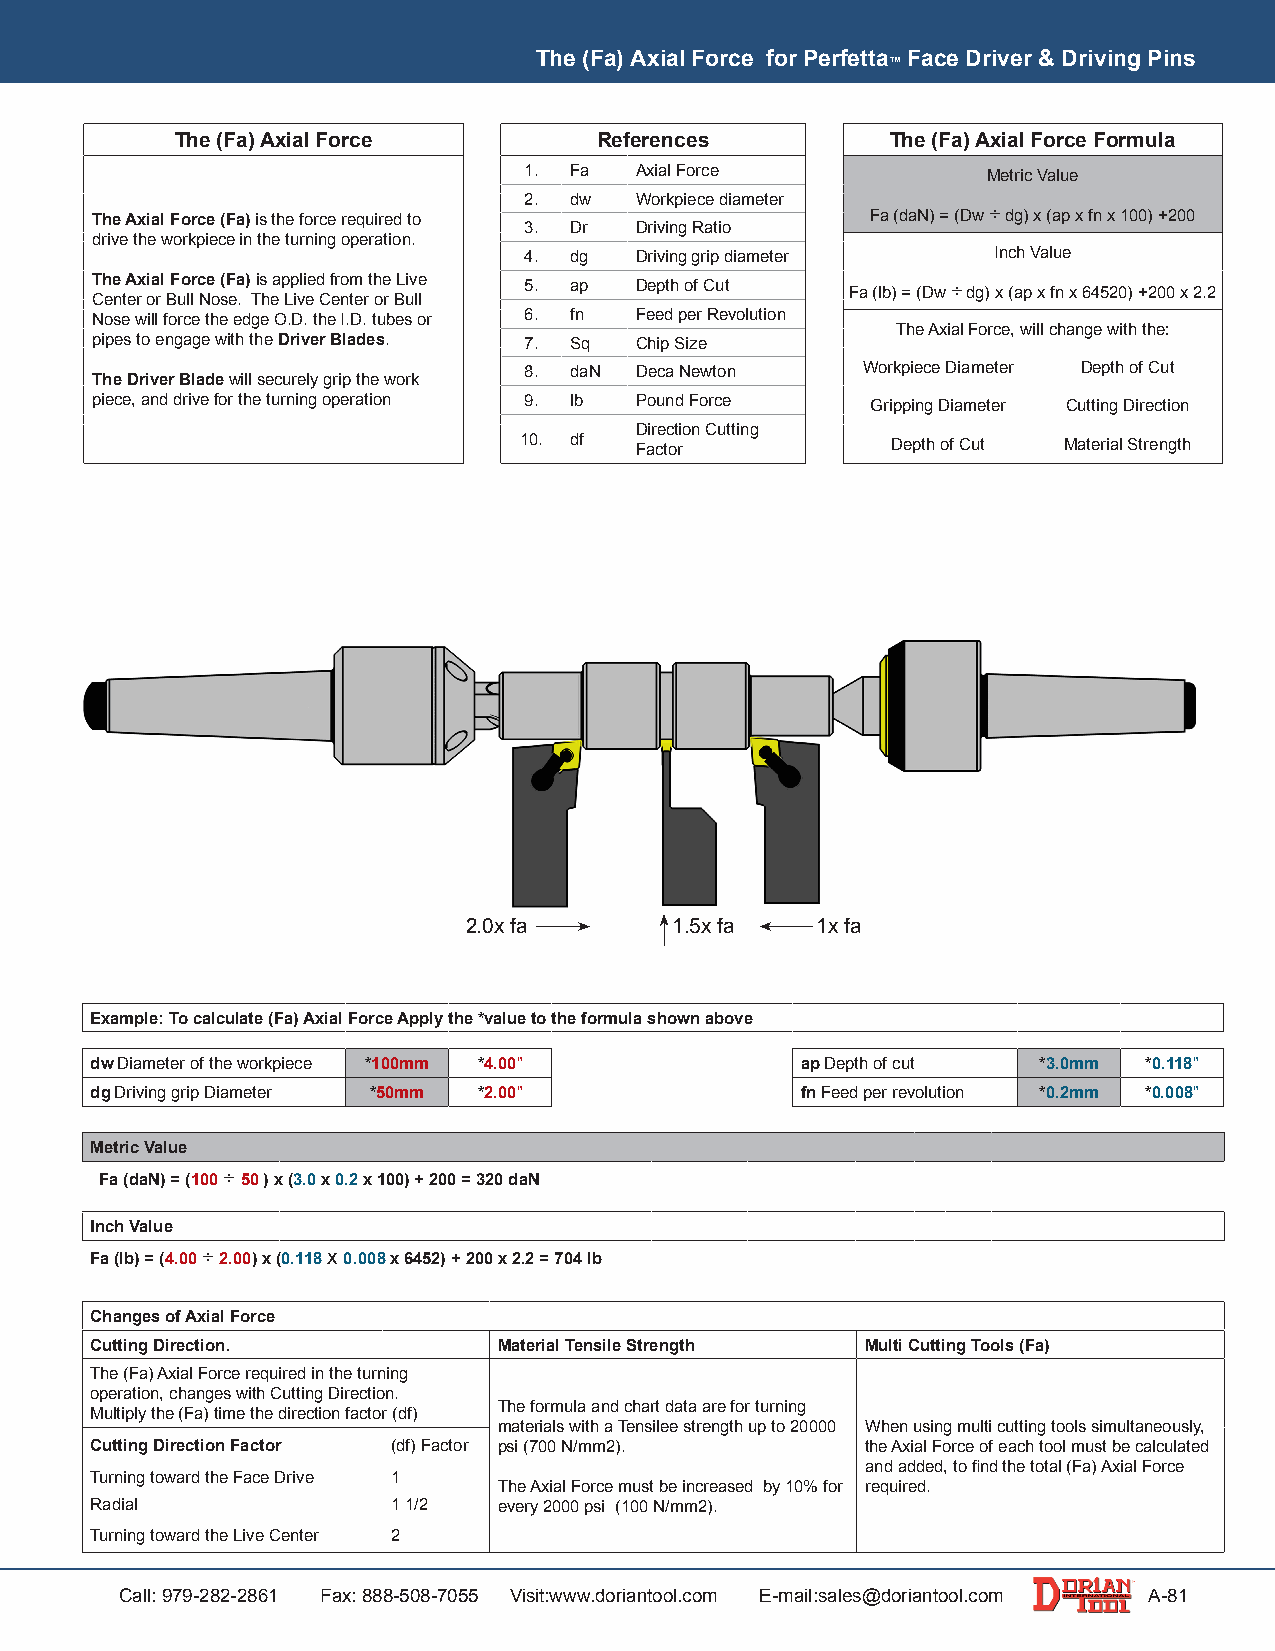
The (Fa) Axial Force for Perfetta Face Driver & Driving Pins
 ™
 The (Fa) Axial Force        References         The (Fa) Axial Force Formula
 1. Fa  Axial Force            Metric Value
 2. dw  Workpiece diameter
 The Axial Force (Fa) is the force required to       Fa (daN) = (Dw ÷ dg) x (ap x fn x 100) +200
 3. Dr  Driving Ratio
 drive the workpiece in the turning operation.
 4. dg  Driving grip diameter   Inch Value
 The Axial Force (Fa) is applied from the Live 5. ap Depth of Cut Fa (lb) = (Dw ÷ dg) x (ap x fn x 64520) +200 x 2.2
 Center or Bull Nose. The Live Center or Bull
 Nose will force the edge O.D. the I.D. tubes or 6. fn Feed per Revolution
 The Axial Force, will change with the:
 pipes to engage with the Driver Blades. 7. Sq Chip Size
 8. daN Deca Newton    Workpiece Diameter Depth of Cut
 The Driver Blade will securely grip the work
 piece, and drive for the turning operation 9. lb Pound Force Gripping Diameter Cutting Direction
 Direction Cutting
 10. df  Factor           Depth of Cut Material Strength
 2.0x fa       1.5x fa  1x fa
 Example: To calculate (Fa) Axial Force Apply the *value to the formula shown above
 dw Diameter of the workpiece *100mm *4.00"     ap Depth of cut *3.0mm *0.118"
 dg Driving grip Diameter *50mm *2.00"          fn Feed per revolution *0.2mm *0.008"
 Metric Value
 Fa (daN) = (100 ÷ 50 ) x (3.0 x 0.2 x 100) + 200 = 320 daN
 Inch Value
 Fa (lb) = (4.00 ÷ 2.00) x (0.118 x 0.008 x 6452) + 200 x 2.2 = 704 lb
 Changes of Axial Force
 Cutting Direction.         Material Tensile Strength Multi Cutting Tools (Fa)
 The (Fa) Axial Force required in the turning
 operation, changes with Cutting Direction.
 The formula and chart data are for turning
 Multiply the (Fa) time the direction factor (df)
 materials with a Tensilee strength up to 20000 When using multi cutting tools simultaneously,
 Cutting Direction Factor (df) Factor psi (700 N/mm2). the Axial Force of each tool must be calculated
 and added, to find the total (Fa) Axial Force
 Turning toward the Face Drive 1
 The Axial Force must be increased by 10% for required.
 Radial              1 1/2  every 2000 psi (100 N/mm2).
 Turning toward the Live Center 2
 Call: 979-282-2861 Fax: 888-508-7055 Visit:www.doriantool.com E-mail:sales@doriantool.com A-81